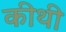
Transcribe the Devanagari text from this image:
कीथी